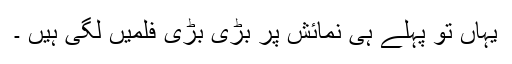
یہاں تو پہلے ہی نمائش پر بڑی بڑی فلمیں لگی ہیں ۔